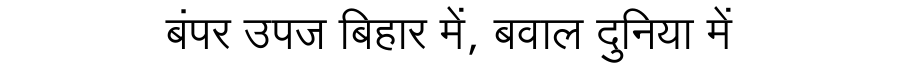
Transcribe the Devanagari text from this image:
बंपर उपज बिहार में, बवाल दुनिया में